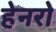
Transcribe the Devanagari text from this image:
हेनरो